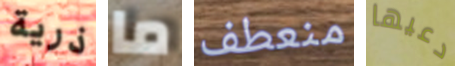
ذرية ما منعطف دعيها